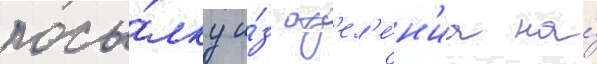
посы́лку и́з отд'ел'е́н'иа на́